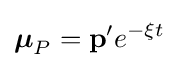
{\boldsymbol {\mu }}_{P}=\mathbf {p'} e^{-\xi t}